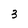
Character: 3